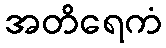
အတိရေကံ